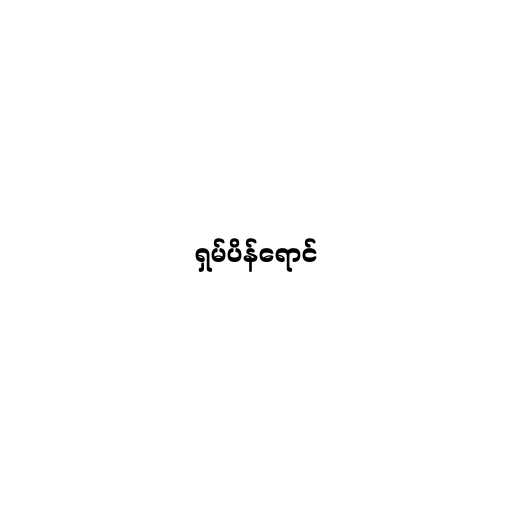
ရှမ်ပိန်ရောင်